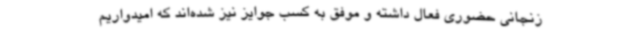
زنجانی حضوری فعال داشته و موفق به کسب جوایز نیز شده‌اند که امیدواریم